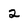
Character: 2